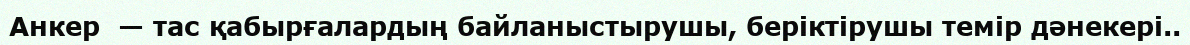
Анкер  — тас қабырғалардың байланыстырушы, беріктірушы темір дәнекері..